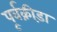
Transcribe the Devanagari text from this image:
पूर्वक्रीड़ा